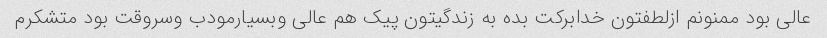
عالی بود ممنونم ازلطفتون خدابرکت بده به زندگیتون پیک هم عالی وبسیارمودب وسروقت بود متشکرم